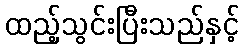
ထည့်သွင်းပြီးသည်နှင့်